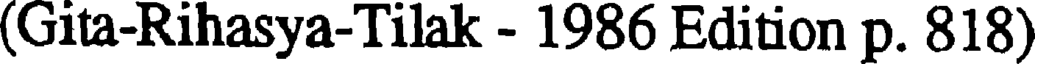
(Gita-Rihasya-Tilak - 1986 Edition p. 818)